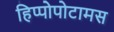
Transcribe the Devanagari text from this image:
हिप्पोपोटामस